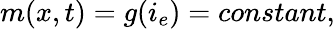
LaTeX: m(x,t)=g(i_{e})=constant,